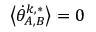
\big \langle \dot { \theta } _ { A , B } ^ { k , * } \big \rangle = 0